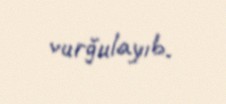
vurğulayıb.